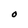
Character: O